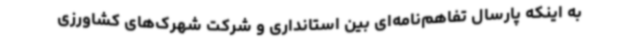
به اینکه پارسال تفاهم‌نامه‌ای بین استانداری و شرکت شهرک‌های کشاورزی